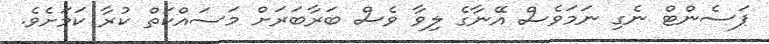
ޕަސެންޓް ނެގި ނަމަވެސް އޭނާގެ ލިވާ ވެސް ބަރާބަރަށް މަސައްކަތް ކުރާ ކަަމަށެވެ.